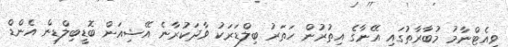
ވިއެޓްނާމު މުބާރާތުގައި އޭނާގެ އިތުރުން ހަތަރު ބިލްޑަރަކު ވާދަކުރާނެ އޭޝިއަން ބޮޑީބިލްޑިން އެންޑް